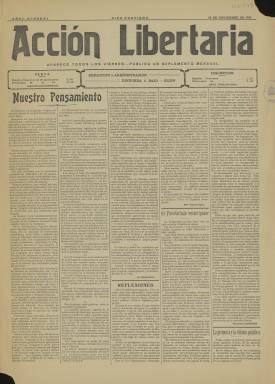
Título: Acción libertaria (Gijón. 1910)
Colección: Periódicos
Ámbito geográfico: Asturias
Lugar de publicación: Vigo [Pontevedra]
Fechas: 18/11/1910-27/09/1911

Semanario anarquista que tuvo una trayectoria cambiante en cuando a su sede de edición. Apareció en Gijón en noviembre de 1910, pasó a publicarse en Vigo en septiembre de 1911, luego reapareció en Madrid en 1913 para volver de nuevo a Gijón en 1915. Su último número lleva fecha de 4 de febrero de 1916.

  En esta publicación escribieron dos de las personalidades más destacadas del anarquismo español: Anselmo Lorenzo, autor de numerosas obras en las que propagó la ideología ácrata, y Ricardo Mella, que dirigió el periódico en Vigo y que fue considerado por sus propios correligionarios uno de los principales teóricos de las ideas libertarias.

  La BNE sólo tiene 6 de los 44 números que llegó a editar esta publicación. Son suficientes sin embargo para tener una idea ajustada de lo que significó el anarquismo español en las dos primeras décadas del siglo XX.

  En la portada del primer número y bajo el título de ‘Nuestro Pensamiento’ se explicita con claridad el ideario de la publicación. Así, se lee lo siguiente: ‘Somos anarquistas en política; socialistas en economía; en religión, ateos’.

  En otro momento del artículo, los promotores de la publicación señalan la necesidad de la acción directa en todos los terrenos; rechazan el parlamentarismo, la legislación y la política; se muestran radicales, aunque dejan claro que huyen de la violencia: ‘El campo de acción netamente anarquista está en la propaganda y en la lucha por la palabra y por la conducta, por las ideas y por los hechos. Cualquier compromiso, benevolencia o transacción traicionaría el ideal’.

   El periódico constaba de cuatro páginas y daba predominio a los artículos de fondo y comentarios de la actualidad política en España y el extranjero, con especial atención al movimiento anarquista y sindicalista. En su última página había una sección en la que recogía artículos publicados por lo que denominaba la prensa revolucionaria, como el también semanario anarquista de Barcelona Tierra y Libertad, o El Socialista, órgano del PSOE. No obstante, la publicación atacaría en muchas ocasiones la política de los socialistas, así como la de los republicanos.

   También en esta última página había otra sección llamada ‘Interioridades’ en la que había una comunicación con sus corresponsales en distintos puntos del país y fuera de España, así como una relación de los grupos anarquistas que colaboraban económicamente con el semanario.

[Descripción publicada el 17/08/2022]